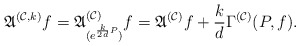
\begin{align*}\mathfrak{A}^{(\mathcal{C},k)}f=\mathfrak{A}^{(\mathcal{C})}_{(e^{\frac{k}{2d}P})}f=\mathfrak{A}^{(\mathcal{C})}f+\frac{k}{d}\Gamma^{(\mathcal{C})}(P,f).\end{align*}